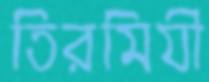
তিরমিযী